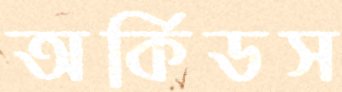
অর্কিডস